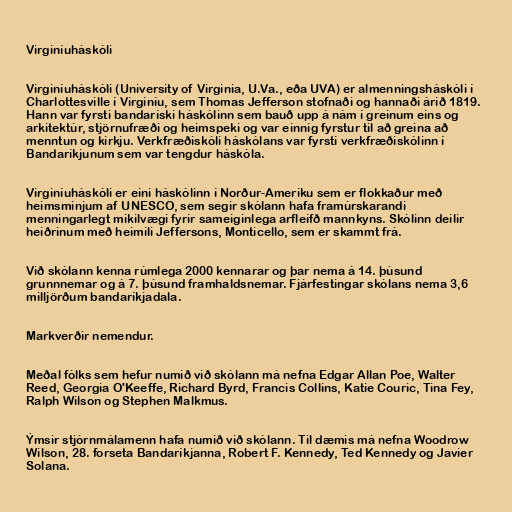
Virginíuháskóli

Virginíuháskóli (University of Virginia, U.Va., eða UVA) er almenningsháskóli í
Charlottesville í Virginíu, sem Thomas Jefferson stofnaði og hannaði árið 1819.
Hann var fyrsti bandaríski háskólinn sem bauð upp á nám í greinum eins og
arkitektúr, stjörnufræði og heimspeki og var einnig fyrstur til að greina að
menntun og kirkju. Verkfræðiskóli háskólans var fyrsti verkfræðiskólinn í
Bandaríkjunum sem var tengdur háskóla.

Virginíuháskóli er eini háskólinn í Norður-Ameríku sem er flokkaður með
heimsminjum af UNESCO, sem segir skólann hafa framúrskarandi
menningarlegt mikilvægi fyrir sameiginlega arfleifð mannkyns. Skólinn deilir
heiðrinum með heimili Jeffersons, Monticello, sem er skammt frá.

Við skólann kenna rúmlega 2000 kennarar og þar nema á 14. þúsund
grunnnemar og á 7. þúsund framhaldsnemar. Fjárfestingar skólans nema 3,6
milljörðum bandaríkjadala.

Markverðir nemendur.

Meðal fólks sem hefur numið við skólann má nefna Edgar Allan Poe, Walter
Reed, Georgia O'Keeffe, Richard Byrd, Francis Collins, Katie Couric, Tina Fey,
Ralph Wilson og Stephen Malkmus.

Ýmsir stjórnmálamenn hafa numið við skólann. Til dæmis má nefna Woodrow
Wilson, 28. forseta Bandaríkjanna, Robert F. Kennedy, Ted Kennedy og Javier
Solana.